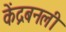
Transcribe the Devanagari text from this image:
केंद्रबनली